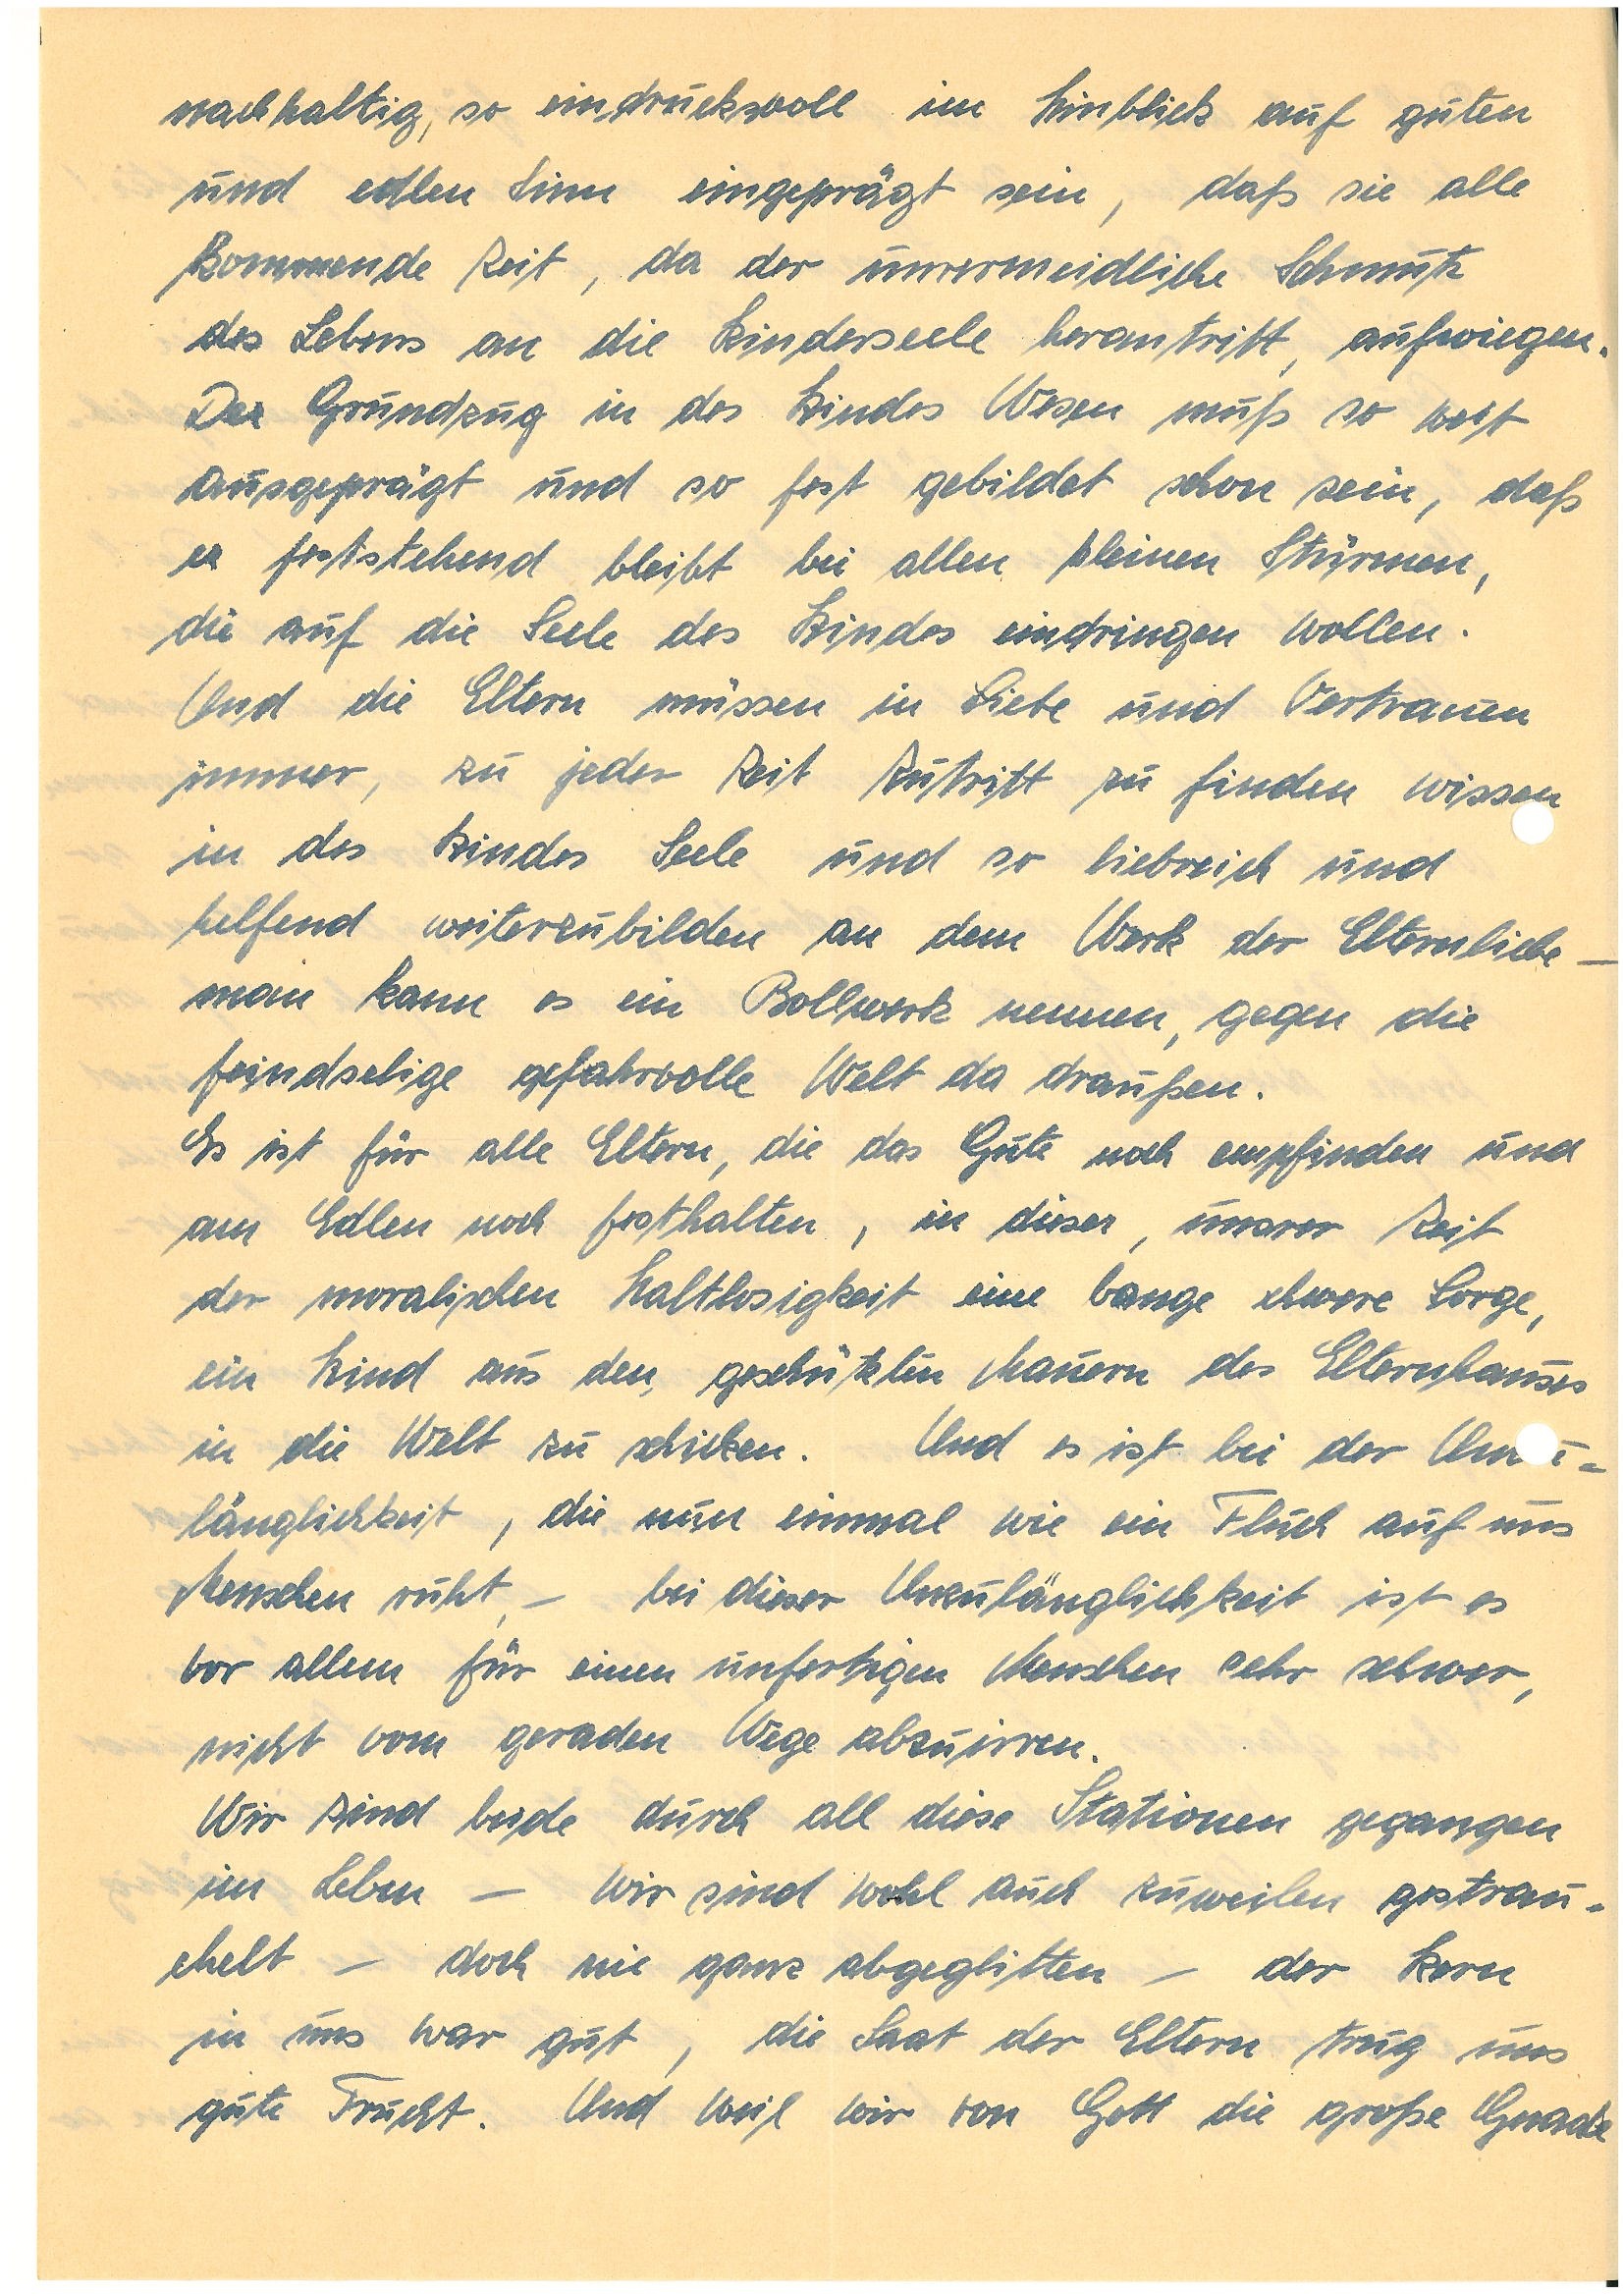
nachhaltig, so eindrucksvoll in Hinblick auf guten
und edlen Sinn eingeprägt sein, daß sie alle
kommende Zeit, da der unvermeidliche Schmutz
des Lebens an die Kinderseele herantritt, aufwiegen.
Der Grundzug in des Kindes Wesen muss so weit
ausgeprägt und so fest gebildet schon sein, daß
er feststehend bleibt bei allen kleinen Stürmen,
die auf die Seele des Kindes eindringen wollen.
Und die Eltern müssen in Liebe und Vertrauen
immer, zu jeder Zeit Zutritt zu finden wissen
in des Kindes Seele und so liebreich und
helfend weiterzubilden an dem Werk der Elternliebe –
man kann es ein Bollwerk nennen, gegen die
feindselige gefahrvolle Welt da draußen.
Es ist für alle Eltern, die das Gute noch empfinden und
am Edlen noch festhalten, in dieser, unsrer Zeit
der moralischen Haltlosigkeit eine bange schwere Sorge,
ein Kind aus den geschützten Mauern des Elternhauses
in die Welt zu schicken. Und es ist bei der Unzu¬
länglichkeit, die nun einmal wie ein Fluch auf uns
Menschen ruht – bei dieser Unzulänglichkeit ist es
vor allem für einen unfertigen Menschen sehr schwer,
nicht vom geraden Wege abzuirren.
Wir sind beide durch all diese Stationen gegangen
im Leben – wir sind wohl auch zuweilen gestrau¬
chelt – doch nie ganz abgeglitten – der Kern
in uns war gut, die Saat der Eltern trug uns
gute Frucht. Und weil wir von Gott die große Gnade